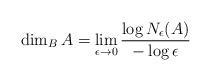
LaTeX: \begin{align*} \dim_B A = \lim_{\epsilon\to 0} \frac{\log N_{\epsilon}(A)}{-\log\epsilon}\end{align*}